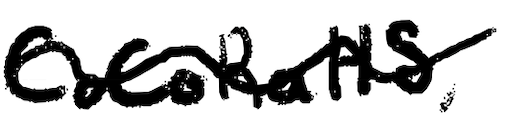
Text: CoCoRaHS,
Cross-out: wave
Writing tool: digital_black